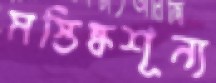
মস্তিষ্কশূন্য